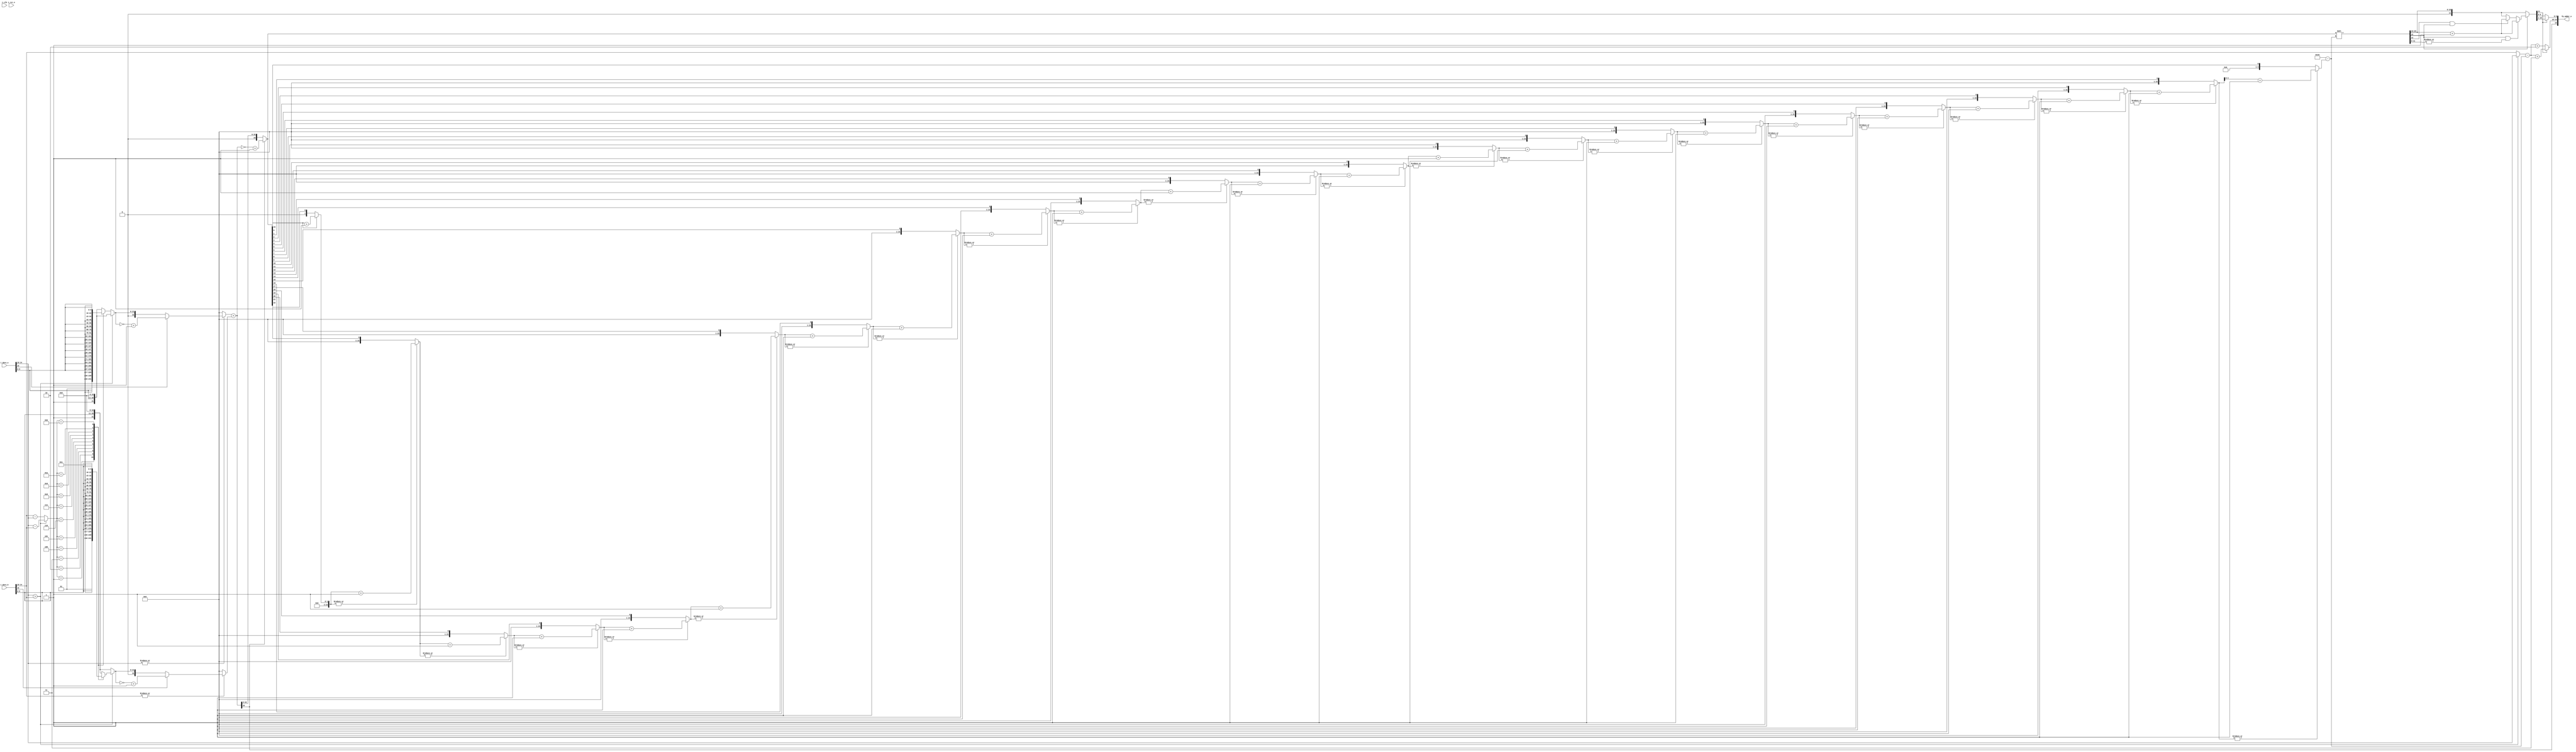
module fp_adder #(
    parameter INT_W  = 6,
    parameter FRAC_W = 10,
    parameter INST_W = 4,
    parameter DATA_W = INT_W + FRAC_W,
    parameter MOST_EXP_DIFF = 11
)(
    input                     i_clk,
    input                     i_rst_n,
    input signed [DATA_W-1:0] i_data_a,
    input signed [DATA_W-1:0] i_data_b,
    output       [DATA_W-1:0] fp_adder_o
);

wire                      a_signed;
wire                      b_signed;
wire        [INT_W-2:0]   a_exp;
wire        [INT_W-2:0]   b_exp;
wire        [FRAC_W-1:0]  a_frac;
wire        [FRAC_W-1:0]  b_frac;

wire                      exp_compare; //a_exp > b_exp high, and vice versa
reg         [INT_W-2:0]   exp_diff;
reg         [INT_W-2:0]   large_exp;

wire        [FRAC_W:0]    a_add_integer;
wire        [FRAC_W:0]    b_add_integer;
reg signed  [FRAC_W+11:0] a_extension[0:11];
reg signed  [FRAC_W+11:0] b_extension[0:11];
reg signed  [FRAC_W+11:0] a_extension_sel;
reg signed  [FRAC_W+11:0] b_extension_sel;
reg signed  [FRAC_W+12:0] a_operation;
reg signed  [FRAC_W+12:0] b_operation;

wire signed [FRAC_W+13:0] operation_out;
reg         [FRAC_W+13:0] operation_out_2_unsigned;

wire        [4:0]         clz_w;
reg         [FRAC_W+13:0] clz_cal_r[0:FRAC_W+13];

wire        [FRAC_W+13:0] unsigned_out_shift;
wire                      out_sticky;
reg         [FRAC_W+1:0]  out_round;
reg         [FRAC_W-1:0]  operation_out_normalized_frac;
reg         [INT_W-2:0]   operation_out_normalized_exp;

///////////////////////////////////////////////////////////////////////////////////////////////////////////////////
//                                            main circuit                                                       //
///////////////////////////////////////////////////////////////////////////////////////////////////////////////////
assign a_signed      = i_data_a[DATA_W-1];
assign b_signed      = i_data_b[DATA_W-1];
assign a_exp         = i_data_a[DATA_W-2:FRAC_W];
assign b_exp         = i_data_b[DATA_W-2:FRAC_W];
assign a_frac        = i_data_a[FRAC_W-1:0];
assign b_frac        = i_data_b[FRAC_W-1:0];
assign a_add_integer = {1'b1 ,a_frac};
assign b_add_integer = {1'b1 ,b_frac};

assign exp_compare = a_exp > b_exp;

always @(*) begin
    if(exp_compare) begin //a_exp > b_exp
        exp_diff  = a_exp - b_exp;
        large_exp = a_exp;
    end
    else begin
        exp_diff  = b_exp - a_exp;
        large_exp = b_exp;
    end
end

genvar exp_exten;
generate
    always @(*) begin
        a_extension[0] = {a_add_integer ,{MOST_EXP_DIFF{1'd0}}};
        b_extension[0] = {b_add_integer ,{MOST_EXP_DIFF{1'd0}}};
    end
    for(exp_exten = 0; exp_exten < 11; exp_exten = exp_exten + 1) begin:exp_exten_for
        always @(*) begin
            a_extension[exp_exten+1] = {{(exp_exten+1){1'd0}} ,a_add_integer ,{(MOST_EXP_DIFF-exp_exten-1){1'd0}}};
            b_extension[exp_exten+1] = {{(exp_exten+1){1'd0}} ,b_add_integer ,{(MOST_EXP_DIFF-exp_exten-1){1'd0}}};
        end
    end
endgenerate

always @(*) begin
    if(!exp_compare) begin //a_exp > b_exp
        case(exp_diff)
            0  : begin a_extension_sel = a_extension[0]; end
            1  : begin a_extension_sel = a_extension[1]; end
            2  : begin a_extension_sel = a_extension[2]; end
            3  : begin a_extension_sel = a_extension[3]; end
            4  : begin a_extension_sel = a_extension[4]; end
            5  : begin a_extension_sel = a_extension[5]; end
            6  : begin a_extension_sel = a_extension[6]; end
            7  : begin a_extension_sel = a_extension[7]; end
            8  : begin a_extension_sel = a_extension[8]; end
            9  : begin a_extension_sel = a_extension[9]; end
            10 : begin a_extension_sel = a_extension[10]; end
            11 : begin a_extension_sel = a_extension[11]; end
            default : begin a_extension_sel = a_extension[0]; end
        endcase
    end
    else begin
        a_extension_sel = a_extension[0];
    end 
end

always @(*) begin
    if(exp_compare) begin //a_exp > b_exp
        case(exp_diff)
            0  : begin b_extension_sel = b_extension[0]; end
            1  : begin b_extension_sel = b_extension[1]; end
            2  : begin b_extension_sel = b_extension[2]; end
            3  : begin b_extension_sel = b_extension[3]; end
            4  : begin b_extension_sel = b_extension[4]; end
            5  : begin b_extension_sel = b_extension[5]; end
            6  : begin b_extension_sel = b_extension[6]; end
            7  : begin b_extension_sel = b_extension[7]; end
            8  : begin b_extension_sel = b_extension[8]; end
            9  : begin b_extension_sel = b_extension[9]; end
            10 : begin b_extension_sel = b_extension[10]; end
            11 : begin b_extension_sel = b_extension[11]; end
            default : begin b_extension_sel = b_extension[0]; end
        endcase
    end
    else begin
        b_extension_sel = b_extension[0];
    end 
end

always @(*) begin
    if(!(|i_data_a[DATA_W-2:FRAC_W])) begin
        a_operation = 0;
    end
    else if(a_signed) begin
        a_operation = ~{1'b0 ,a_extension_sel} + 1'b1;
    end
    else begin
        a_operation = {1'b0 ,a_extension_sel};
    end
end

always @(*) begin
    if(!(|i_data_b[DATA_W-2:FRAC_W])) begin
        b_operation = 0;
    end
    else if(b_signed) begin
        b_operation = ~{1'b0 ,b_extension_sel} + 1'b1;
    end
    else begin
        b_operation = {1'b0 ,b_extension_sel};
    end
end

assign operation_out = a_operation + b_operation;

always @(*) begin
    if(operation_out[FRAC_W+13]) begin
        operation_out_2_unsigned = ~operation_out + 1'b1;
    end
    else begin
        operation_out_2_unsigned = operation_out;
    end
end

//CLZ parameterized calculation
always @(*) begin
    clz_cal_r[0] = {{(FRAC_W+13){1'b0}} ,operation_out_2_unsigned[FRAC_W+13]};
end

genvar i;
generate
    for(i = 0; i < FRAC_W+13; i = i + 1) begin: lead_0_for_loop //caculate first 1 from left
        always @(*) begin
            if(|clz_cal_r[i]) begin
                clz_cal_r[i+1] = clz_cal_r[i] + 1;
            end
            else begin
                clz_cal_r[i+1] = {{(FRAC_W+13){1'b0}} ,operation_out_2_unsigned[FRAC_W-i+12]};
            end
        end
    end
endgenerate

assign clz_w = FRAC_W + 14 - clz_cal_r[FRAC_W+13];
//CLZ parameterized calculation

assign unsigned_out_shift = operation_out_2_unsigned << clz_w;
assign out_sticky         = |unsigned_out_shift[FRAC_W+1:0];

always @(*) begin
    if(!unsigned_out_shift[FRAC_W+2]) begin //R is 0
        out_round = {1'b0 ,unsigned_out_shift[FRAC_W+13:FRAC_W+3]};
    end
    else if(unsigned_out_shift[FRAC_W+2] && out_sticky) begin  //Both of R and S is 1
        out_round = unsigned_out_shift[FRAC_W+13:FRAC_W+3] + 1'b1;
    end
    else if(unsigned_out_shift[FRAC_W+3] && unsigned_out_shift[FRAC_W+2]) begin  //Both of G and R is 1
        out_round = unsigned_out_shift[FRAC_W+13:FRAC_W+3] + 1'b1;
    end
    else begin //GRS is 2'b010
        out_round = {1'b0 ,unsigned_out_shift[FRAC_W+13:FRAC_W+3]};
    end
end



always @(*) begin
    if(!out_round[FRAC_W+1]) begin
        operation_out_normalized_frac = out_round[FRAC_W-1:0];
        operation_out_normalized_exp  = large_exp - clz_w + 2; //large_exp - (clz_w - 2)
    end
    else begin
        operation_out_normalized_frac = out_round[FRAC_W:1];
        operation_out_normalized_exp  = large_exp - clz_w + 3; //large_exp - (clz_w - 3)
    end
end

assign fp_adder_o = {operation_out[FRAC_W+13] ,operation_out_normalized_exp ,operation_out_normalized_frac};

endmodule